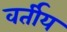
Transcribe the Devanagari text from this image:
वर्तीय